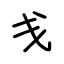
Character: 戋